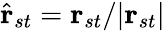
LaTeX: \hat{\mathbf{r}}_{st}=\mathbf{r}_{st}/|\mathbf{r}_{st}|